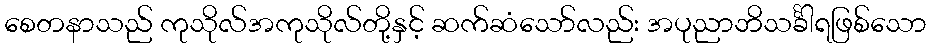
စေတနာသည် ကုသိုလ်အကုသိုလ်တို့နှင့် ဆက်ဆံသော်လည်း အပုညာဘိသင်္ခါရဖြစ်သော